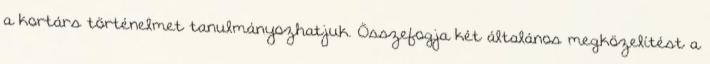
a kortárs történelmet tanulmányozhatjuk. Összefogja két általános megközelítést a